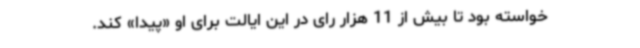
خواسته بود تا بیش از 11 هزار رای در این ایالت برای او «پیدا» کند.